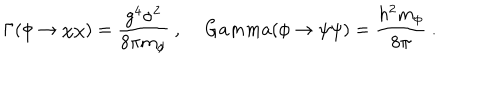
\Gamma ( \phi \to \chi \chi ) = { \frac { g ^ { 4 } \sigma ^ { 2 } } { 8 \pi m _ { \phi } } } \ , \, G a m m a ( \phi \to \psi \psi ) = { \frac { h ^ { 2 } m _ { \phi } } { 8 \pi } } \ .